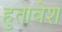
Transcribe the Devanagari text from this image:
हुतावेश